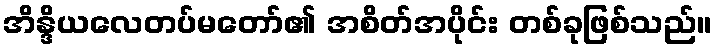
အိန္ဒိယလေတပ်မတော်၏ အစိတ်အပိုင်း တစ်ခုဖြစ်သည်။